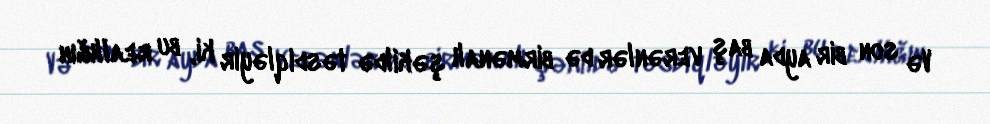
Və son bir ayda baş verənlər də birmənalı şəkildə təsdiqləyir ki, bu reallığın